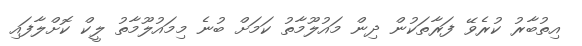
އިތުބާރު ކުރެވޭ ފަރާތަކުން ދިން މައުލޫމާތު ކަމަށް ބުނެ މިމައުލޫމާތު ލީކް ކޮށްލާފައި